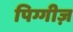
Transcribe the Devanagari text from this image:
पिग्गीज़